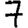
Digit: 7